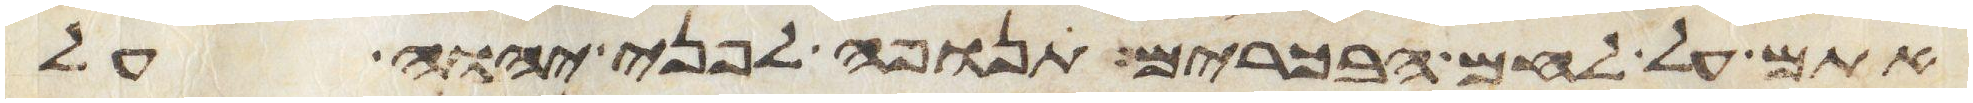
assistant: אתם על לחם הבכורים תנופה לפני יהוה על